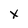
Character: X